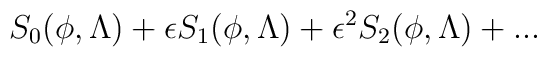
S_0(\phi,\Lambda)+\epsilon S_1(\phi,\Lambda)+\epsilon^2S_2(\phi,\Lambda)+...